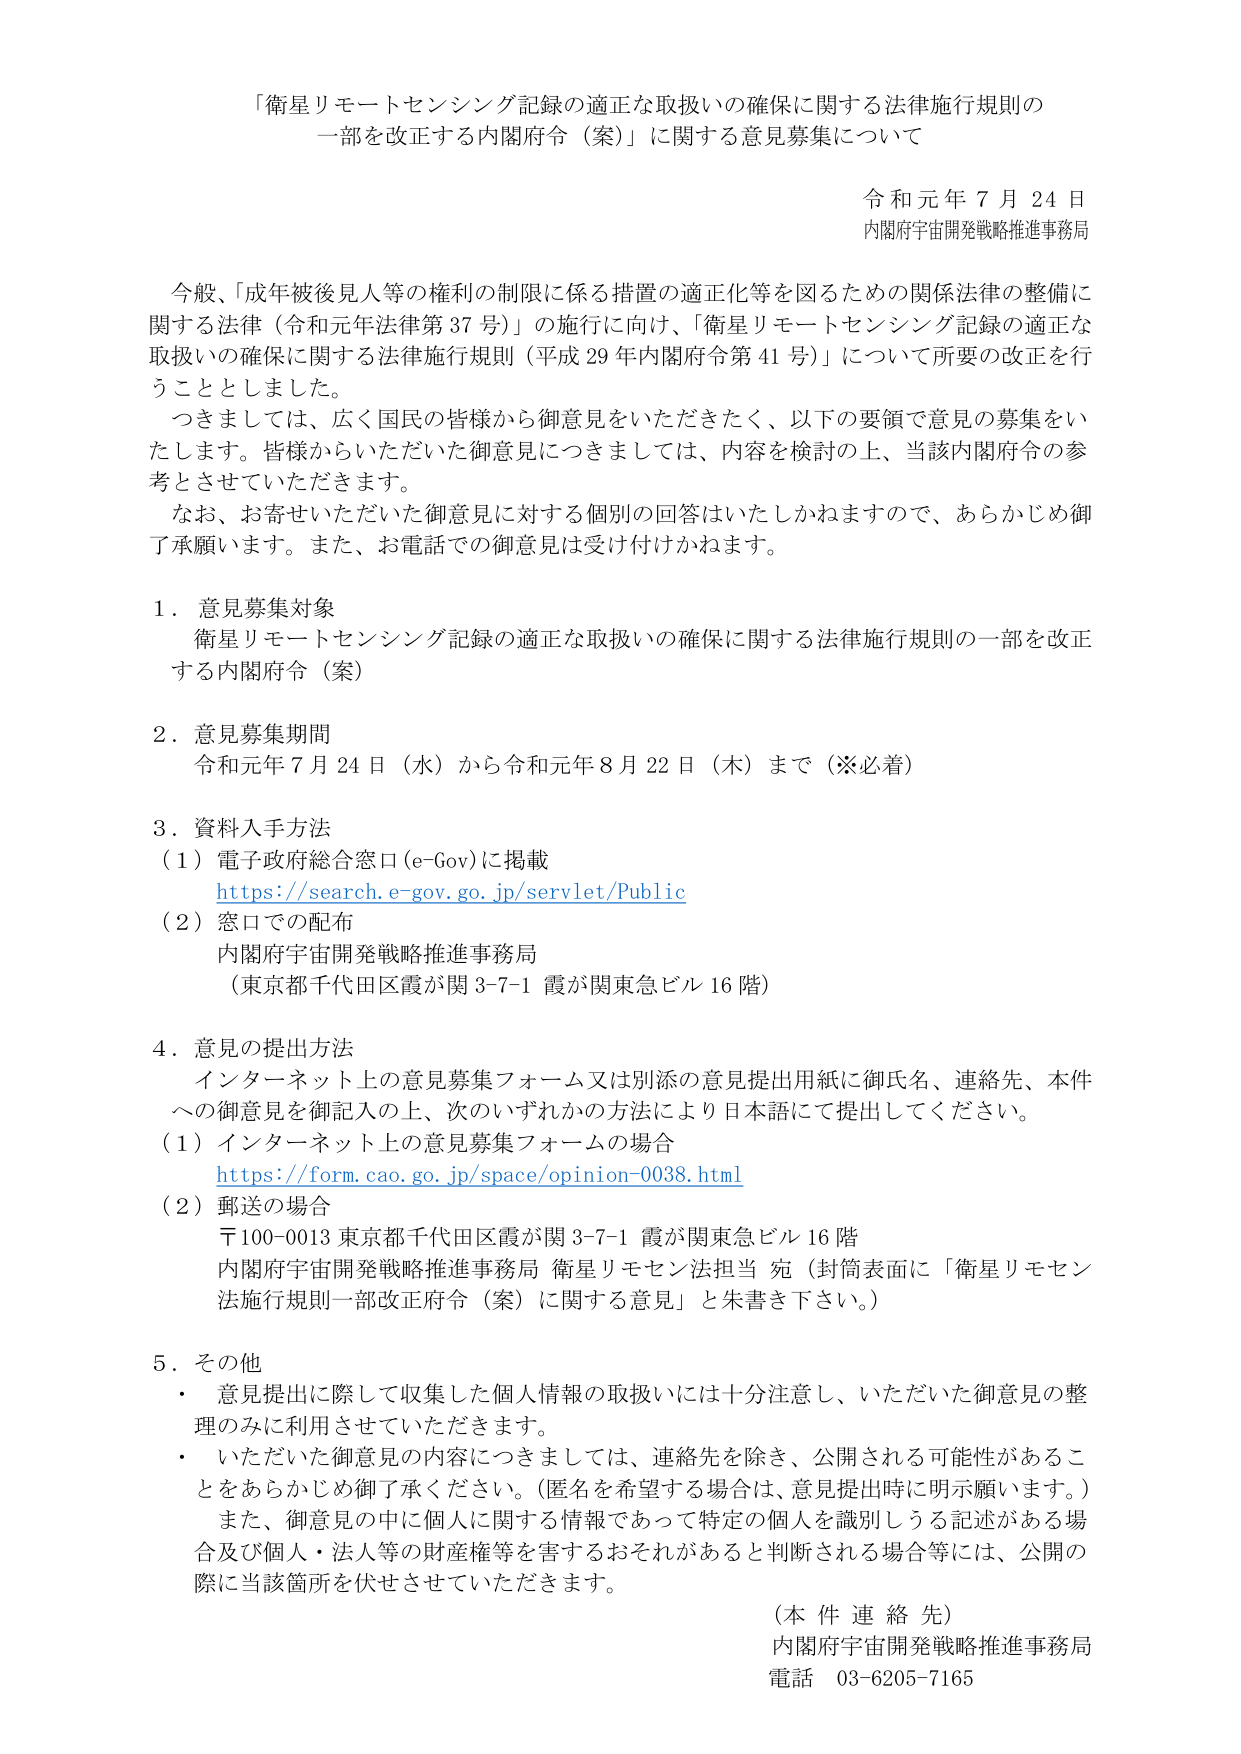
「衛星リモートセンシング記録の適正な取扱いの確保に関する法律施行規則の一部を改正する内閣府令（案）」に関する意見募集について

令和元年７月２４日
内閣府宇宙開発戦略推進事務局

今般、「成年被後見人等の権利の制限に係る措置の適正化等を図るための関係法律の整備に関する法律（令和元年法律第37号）」の施行に向け、「衛星リモートセンシング記録の適正な取扱いの確保に関する法律施行規則（平成29年内閣府令第41号）」について所要の改正を行うこととしました。

つきましては、広く国民の皆様から御意見をいただきたく、以下の要領で意見の募集をいたします。皆様からいただいた御意見につきましては、内容を検討の上、当該内閣府令の参考とさせていただきます。

なお、お寄せいただいた御意見に対する個別の回答はいたしかねますので、あらかじめ御了承願います。また、お電話での御意見は受け付けかねます。

１．意見募集対象
衛星リモートセンシング記録の適正な取扱いの確保に関する法律施行規則の一部を改正する内閣府令（案）

２．意見募集期間
令和元年７月２４日（水）から令和元年８月２２日（木）まで（※必着）

３．資料入手方法
（１）電子政府総合窓口（e-Gov）に掲載
https://search.e-gov.go.jp/servlet/Public
（２）窓口での配布
内閣府宇宙開発戦略推進事務局
（東京都千代田区霞が関3-7-1 霞が関東急ビル16階）

４．意見の提出方法
インターネット上の意見募集フォーム又は別添の意見提出用紙に御氏名、連絡先、本件への御意見を御記入の上、次のいずれかの方法により日本語にて提出してください。
（１）インターネット上の意見募集フォームの場合
https://form.cao.go.jp/space/opinion-0038.html
（２）郵送の場合
〒100-0013 東京都千代田区霞が関3-7-1 霞が関東急ビル16階
内閣府宇宙開発戦略推進事務局 衛星リモセン法担当 宛（封筒表面に「衛星リモセン法施行規則一部改正府令（案）に関する意見」と朱書き下さい。）

５．その他
・ 意見提出に際して収集した個人情報の取扱いには十分注意し、いただいた御意見の整理のみに利用させていただきます。
・ いただいた御意見の内容につきましては、連絡先を除き、公開される可能性があることをあらかじめ御了承ください。（匿名を希望する場合は、意見提出時に明示願います。）
また、御意見の中に個人に関する情報であって特定の個人を識別しうる記述がある場合及び個人・法人等の財産権等を害するおそれがあると判断される場合等には、公開の際に当該箇所を伏せさせていただきます。

（本件連絡先）
内閣府宇宙開発戦略推進事務局
電話 03-6205-7165